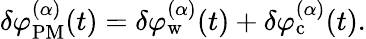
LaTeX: \delta\varphi_{\mathrm{PM}}^{(\alpha)}(t)=\delta\varphi_{\mathrm{w}}^{(\alpha)}(t)+\delta\varphi_{\mathrm{c}}^{(\alpha)}(t).